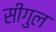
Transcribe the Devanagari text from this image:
सीगुल